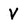
Character: V